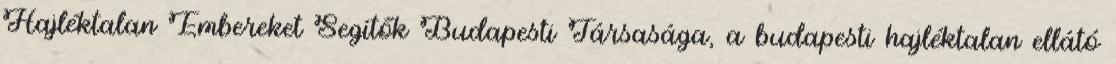
Hajléktalan Embereket Segítők Budapesti Társasága, a budapesti hajléktalan ellátó